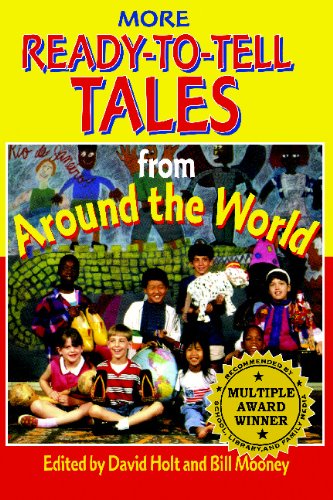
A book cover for More Ready-To-Tell Tales from Around the World; David Hold; Teen & Young Adult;